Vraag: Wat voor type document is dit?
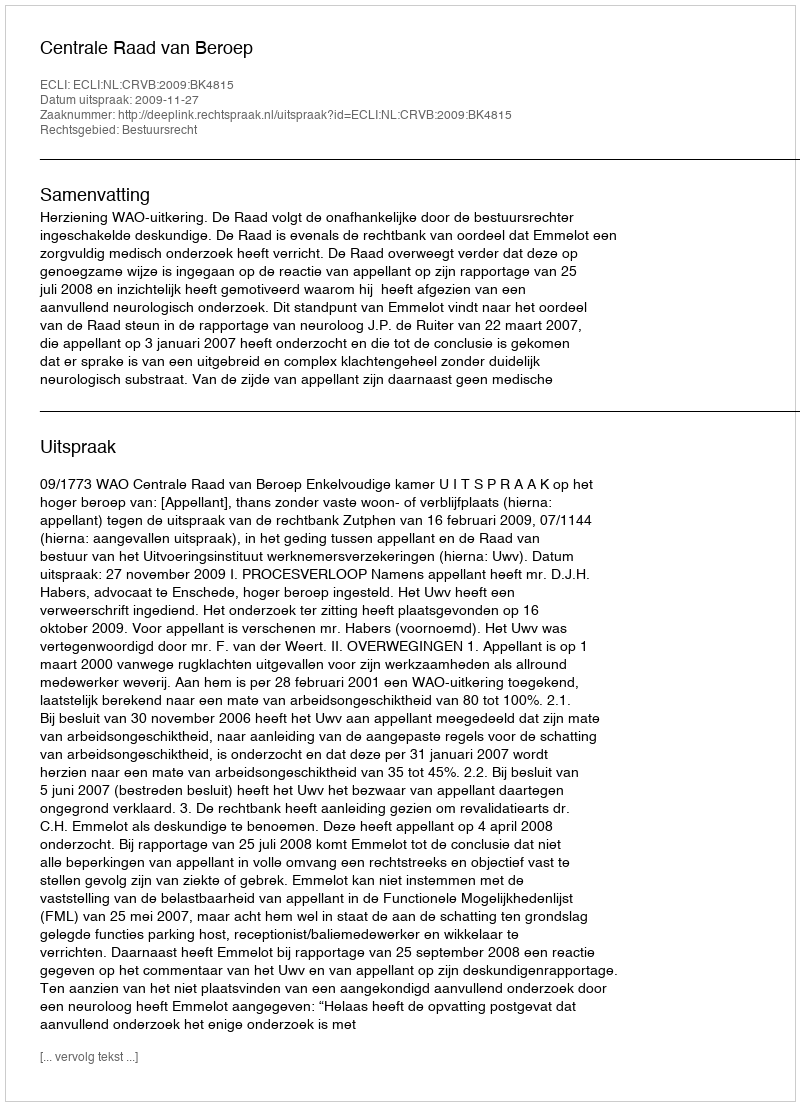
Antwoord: Uitspraak